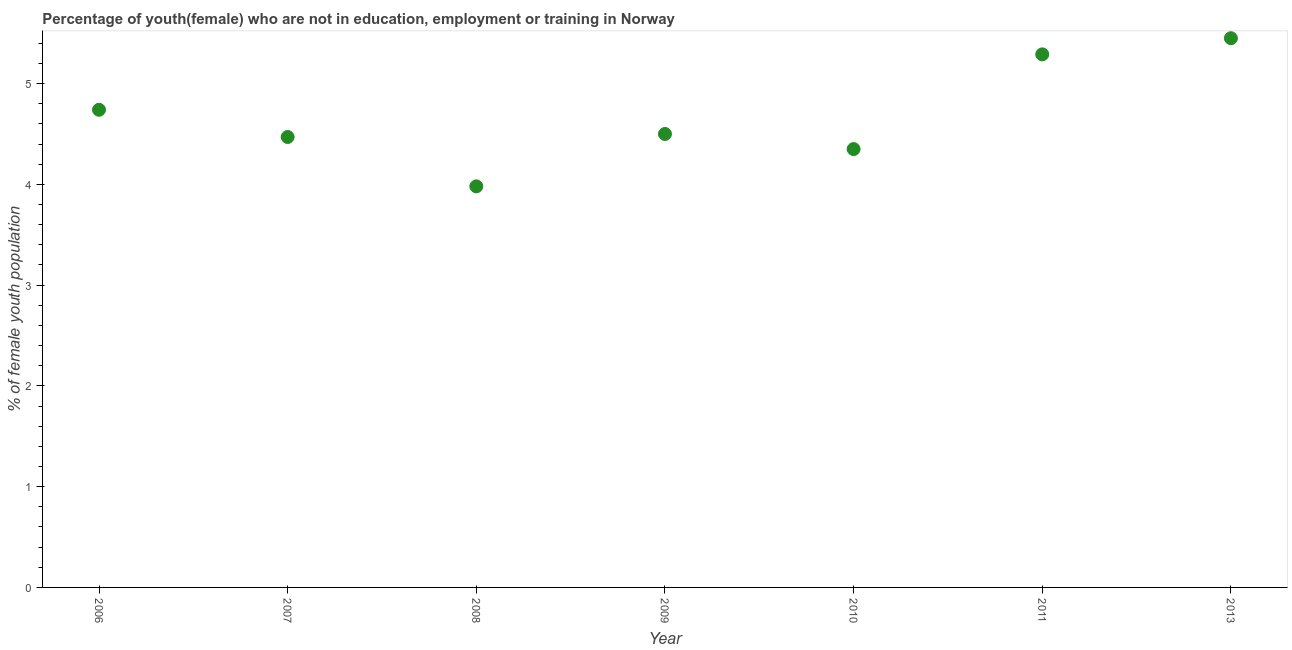
| Year | Unemployed(female) |
 | --- | --- |
 | 2006 | 4.74 |
 | 2007 | 4.47 |
 | 2008 | 3.98 |
 | 2009 | 4.5 |
 | 2010 | 4.35 |
 | 2011 | 5.29 |
 | 2013 | 5.45 |